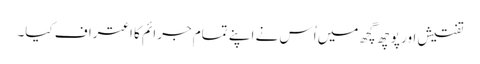
تفتیش اور پوچھ گچھ میں اُس نے اپنے تمام جرائم کا اعتراف کیا۔